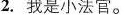
2.我是小法官。